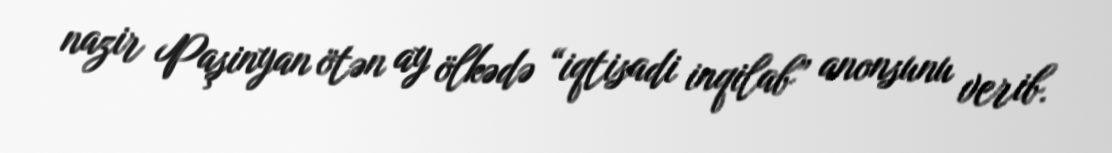
nazir Paşinyan ötən ay ölkədə “iqtisadi inqilab” anonsunu verib.